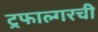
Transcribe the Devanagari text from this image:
ट्रफाल्गरची